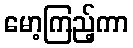
မော့ကြည့်ကာ